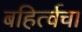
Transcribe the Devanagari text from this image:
बहिर्त्वचा